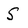
Character: S